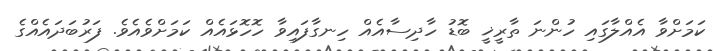
ކަމަށްވާ އެއްލާގައި ހުންނަ ތާރީޚީ ބޮޑު ހާދިސާއެއް ހިނގާފައިވާ ހޮހޮޅައެއް ކަމަށްވެއެވެ. ފަރުބަދައެއްގެ